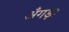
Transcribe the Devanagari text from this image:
अँगड़ा